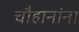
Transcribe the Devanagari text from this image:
चौहानांना